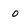
Character: o